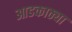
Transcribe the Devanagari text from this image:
आडकाठ्या